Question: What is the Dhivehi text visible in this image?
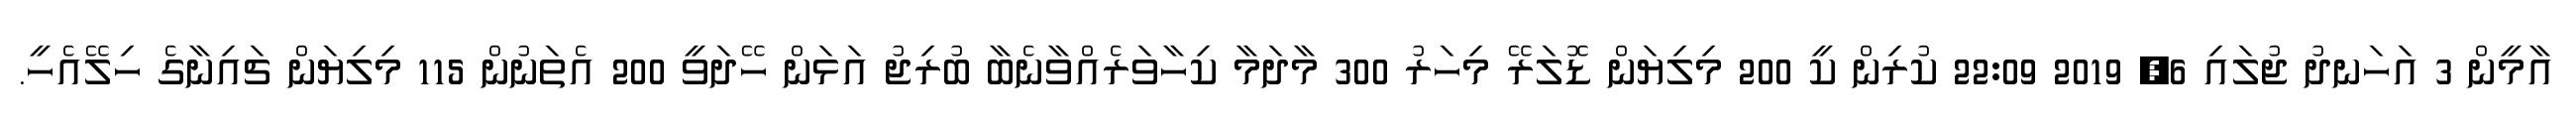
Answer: އާމީން 3 އަހަނދު ޖުލައި 6, 2019 22:09 ކުރިން ކީ 200 މިލިޔަން ޑޮލަރޭ މިހަރު 300 މާދަމާ ކިހާވަރެއްވާނެބާ ބުރިޖު އަޅަން ހޭދަވީ 200 އެތަނުން 115 މިލިޔަން ޗައިނާގެ ހިލޭއެހީ.